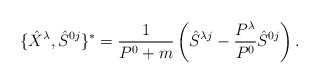
\begin{align*}\{\hat X^\lambda,\hat S^{0j}\}^*=\frac{1}{P^0+m} \left(\hat S^{\lambda j}-\frac{P^\lambda}{P^0}\hat S^{0 j}\right).\end{align*}